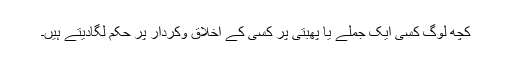
کچھ لوگ کسی ایک جملے یا پھبتی پر کسی کے اخلاق وکردار پر حکم لگادیتے ہیں۔